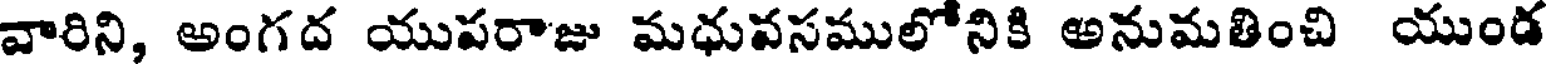
వారిని, అంగద యుపరాజు మధువసములోనికి అనుమతించి యుండ